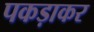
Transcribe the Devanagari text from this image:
पकड़ाकर